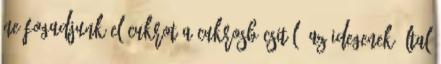
ne fogadjunk el cukrot a cukrosbácsitól, az idegenek által